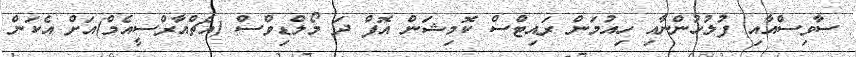
ސާވިސްއާއި ފުލުހުންނާއި ހިއުމަން ރައިޓްސް ކޮމިޝަން އޮފް ދަ މޯލްޑިވްސް (އެޗްއާރްސީއެމް)އަށް އެކަން